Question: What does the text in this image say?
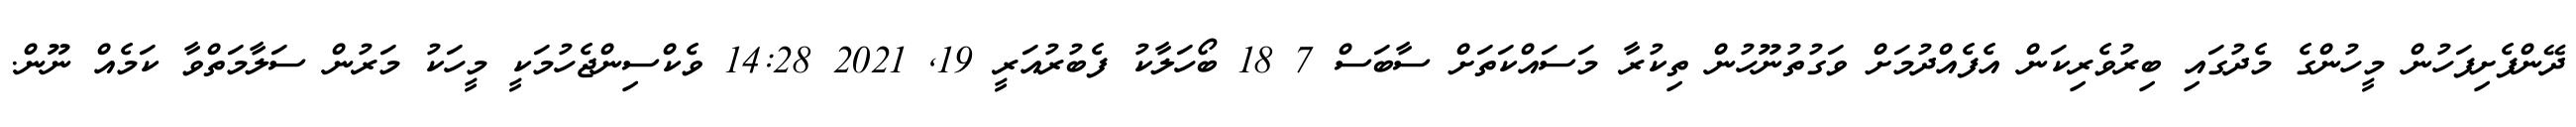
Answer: ދޭންފެށިފަހުން މީހުންގެ މެދުގައި ބިރުވެރިކަން އެފެއްދުމަށް ވަގުތުނޫހުން ތިކުރާ މަސައްކަތަށް ސާބަސް 7 18 ބޯހަލާކު ފެބުރުއަރީ 19, 2021 14:28 ވެކްސިންޖެހުމަކީ މީހަކު މަރުން ސަލާމަތްވާ ކަމެއް ނޫން.